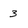
Character: 3